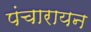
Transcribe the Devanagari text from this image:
पंचारायन